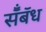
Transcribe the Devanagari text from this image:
सॅँबॅध